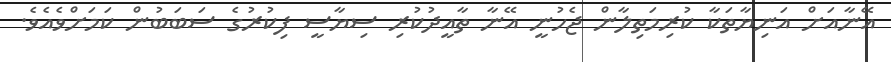
އޭނާއަށް އަނިޔާތަކާ ކުރިމަތިލާން ޖެހުނީ އޭނާ ތާއީދުކުރި ސިޔާސީ ފިކުރުގެ ސަބަބުން ކަމަށްވެއެވެ.